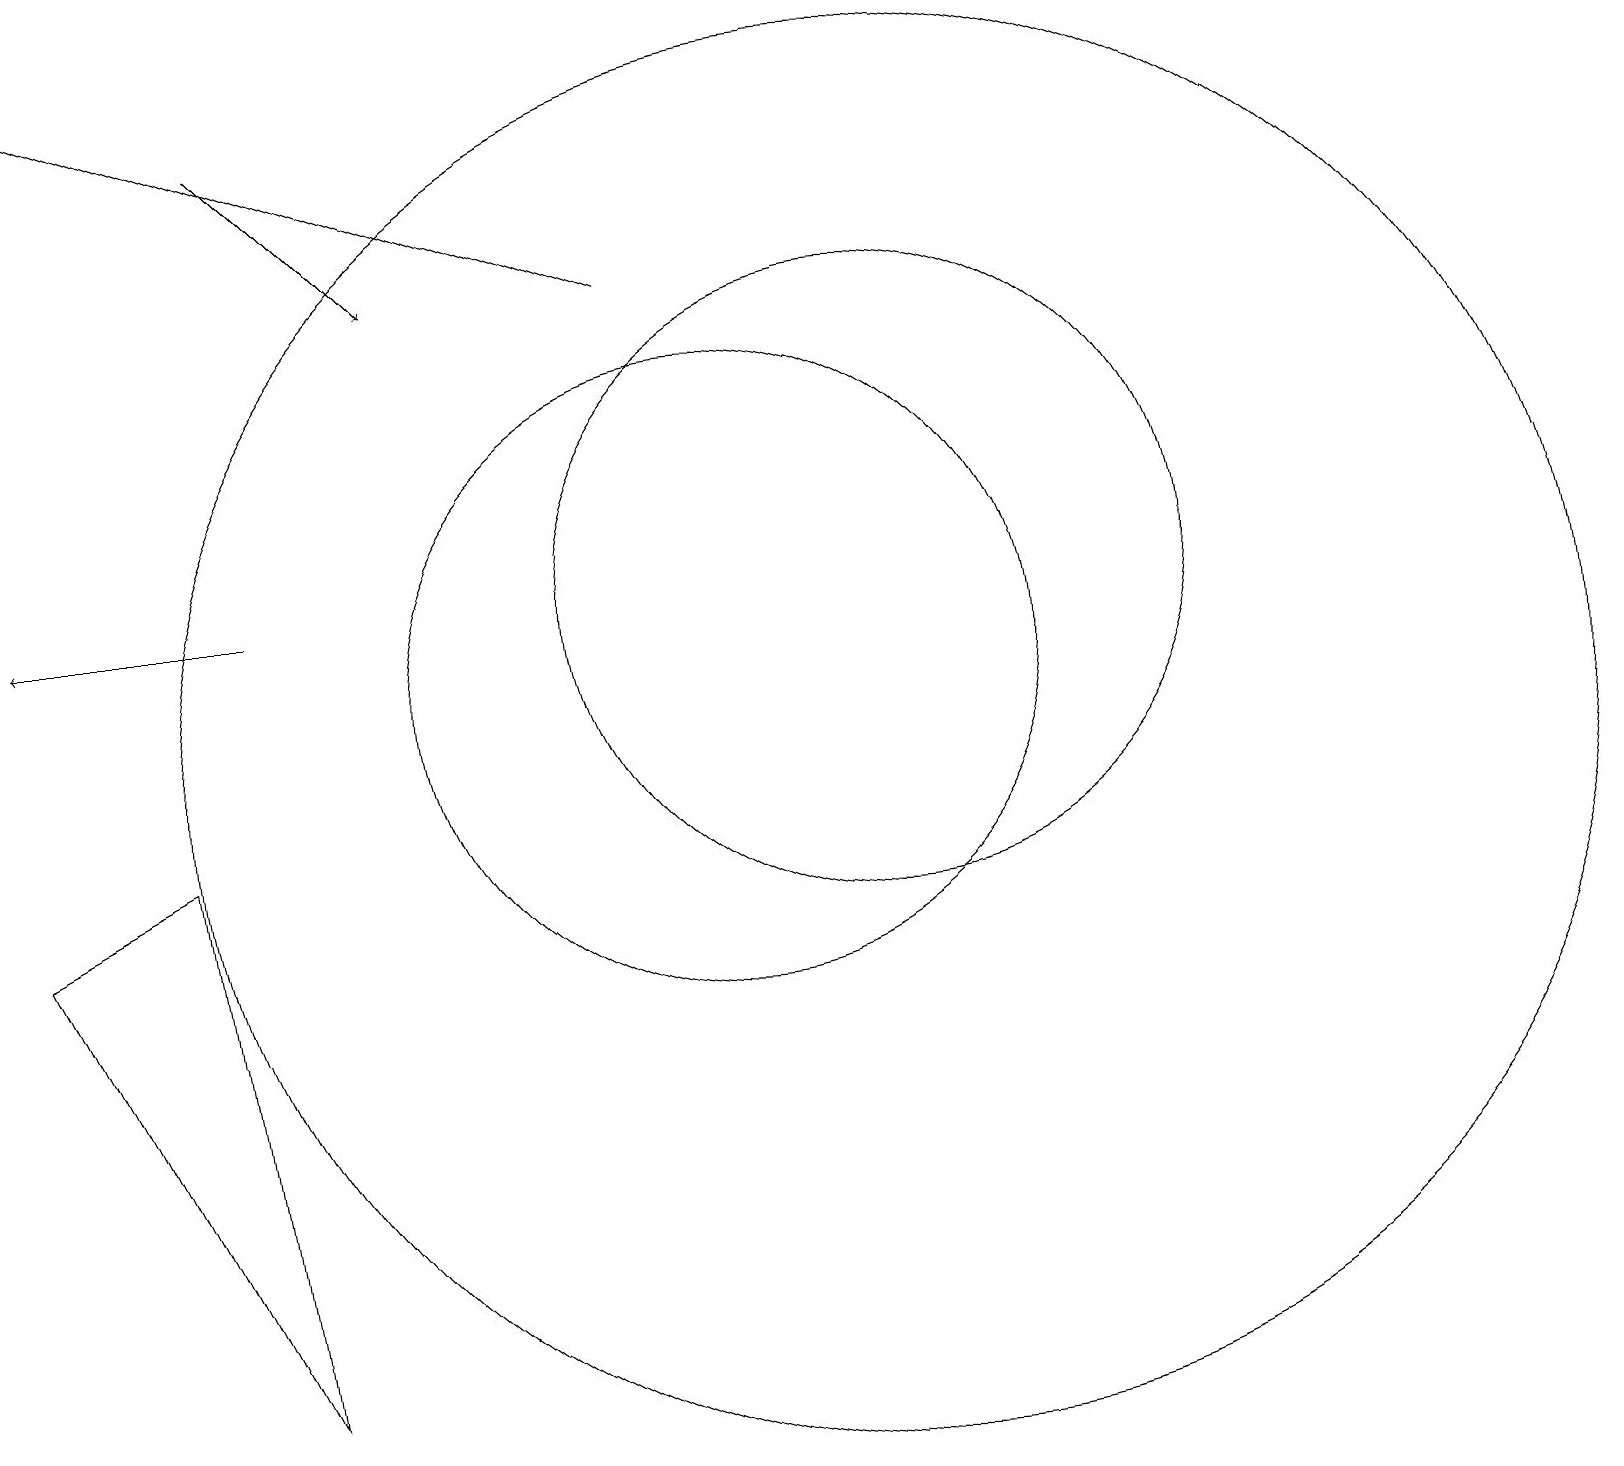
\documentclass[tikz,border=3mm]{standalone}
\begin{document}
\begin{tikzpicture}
\draw[->] (4,18) -- (6,16);
\draw (10,11) circle (4);
\draw (12,10) circle (9);
\draw[->] (4,12) -- (1,12);
\draw (12,12) circle (4);
\draw[->] (9,16) -- (1,19);
\draw (3,9) -- (1,8) -- (4,2) -- cycle;
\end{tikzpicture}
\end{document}